Document type: Sale
Year: 1290
Scribe: Miquel Rotllan
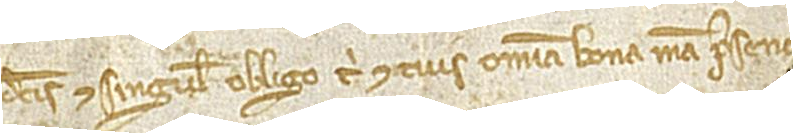
dictis et singulis obligo tibi et tuis omnia bona mea presenc[ia et]